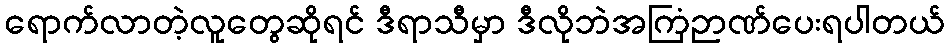
ရောက်လာတဲ့လူတွေဆိုရင် ဒီရာသီမှာ ဒီလိုဘဲအကြံဉာဏ်ပေးရပါတယ်